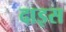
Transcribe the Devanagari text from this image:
दाइस